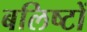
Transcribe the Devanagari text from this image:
बलिष्टों